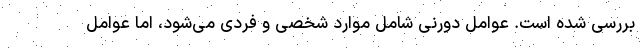
بررسی شده است. عوامل دورنی شامل موارد شخصی و فردی می‌شود، اما عوامل